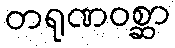
တရုဏဝစ္ဆာ